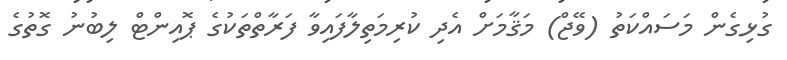
ގުޅިގެން މަސައްކަތު (ވޭޖް) މަޤާމަށް އެދި ކުރިމަތިލާފައިވާ ފަރާތްތަކުގެ ޕޮއިންޓް ލިބުނު ގޮތުގެ